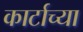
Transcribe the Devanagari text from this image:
कार्टाच्या